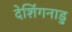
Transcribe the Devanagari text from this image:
देशिंगनाडु